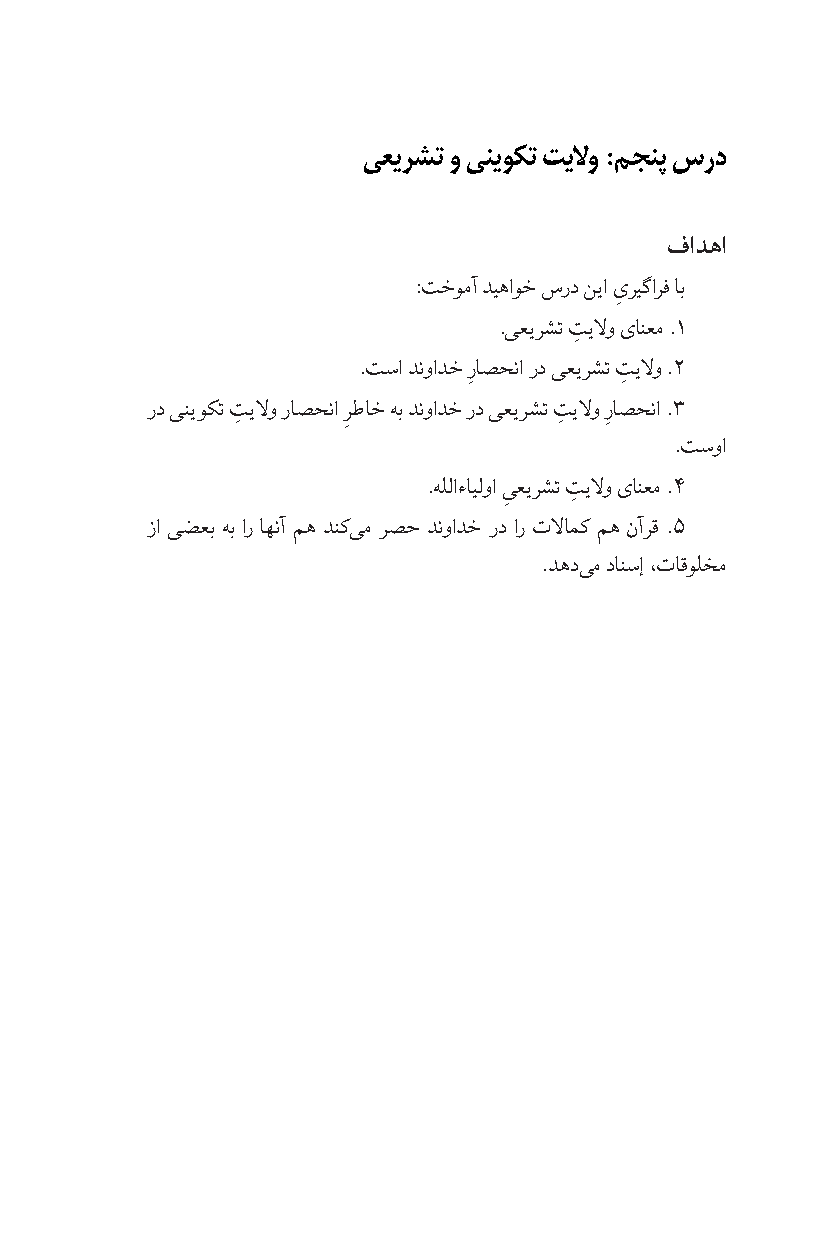
یعیرشت و ینیوکت تیلاو :مجنپ سرد
 فادها
 :تخومآ دیهاوخ سرد نیا ىریگارف اب
 ِ
 .یعیرشت تیلو ىانعم .1
 ِ
 .تسا دنوادخ راصحنا رد یعیرشت تیلو .2
 ِ         ِ
 رد ینیوکت تیلو راصحنا رطاخ هب دنوادخ رد یعیرشت تیلو راصحنا .3
 ِ      ِ             ِ  ِ
 .تسوا
 .هللاءایلوا یعیرشت تیلو ىانعم .4
 ِ   ِ
 زا یضعب هب ار اهنآ مه دنک یم رصح دنوادخ رد ار تلامک مه نآرق .5
 .دهد یم دانسإ ،تاقولخم